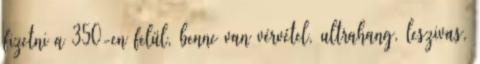
fizetni a 350-en felül, benne van vérvétel, ultrahang, leszivas,